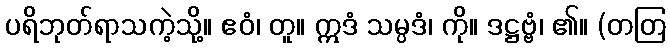
ပရိဘုတ်ရာသကဲ့သို့။ ဧဝံ၊ တူ။ ဣဒံ သမ္ပဒံ၊ ကို။ ဒဋ္ဌဗ္ဗံ၊ ၏။ (တတြ